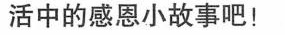
活中的感恩小故事吧！